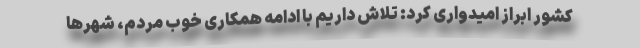
کشور ابراز امیدواری کرد: تلاش داریم با ادامه همکاری خوب مردم، شهرها